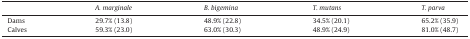
|  | A. marginale | B. bigemina | T. mutans | T. parva |
 | --- | --- | --- | --- | --- |
 | Dams | 29.7% (13.8) | 48.9% (22.8) | 34.5% (20.1) | 65.2% (35.9) |
 | Calves | 59.3% (23.0) | 63.0% (30.3) | 48.9% (24.9) | 81.0% (48.7) |